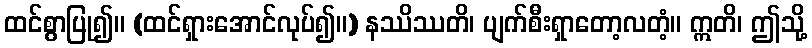
ထင်စွာပြု၍။ (ထင်ရှားအောင်လုပ်၍။) နဿိဿတိ၊ ပျက်စီးရှာတော့လတံ့။ ဣတိ၊ ဤသို့